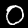
Label: 0